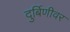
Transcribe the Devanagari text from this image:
दुर्बिणीवर